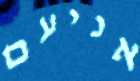
אניעם